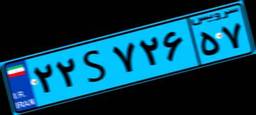
۲۲S۷۲۶۵۷